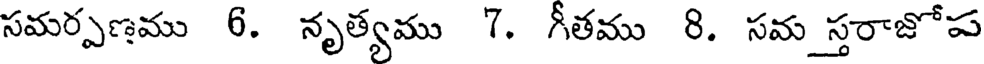
సమర్పణము 6. నృత్యము 7. గీతము 8. సమ స్తరాజోప